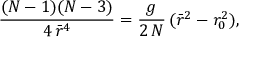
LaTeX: \frac { ( N - 1 ) ( N - 3 ) } { 4 \, \bar { r } ^ { 4 } } = \frac { g } { 2 \, N } \, ( \bar { r } ^ { 2 } - r _ { 0 } ^ { 2 } ) ,